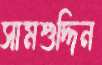
সামশুদ্দিন